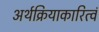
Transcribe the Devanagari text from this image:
अर्थक्रियाकारित्वं